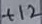
Text: +12